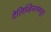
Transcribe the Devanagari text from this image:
टेलिव्हिजनमधून